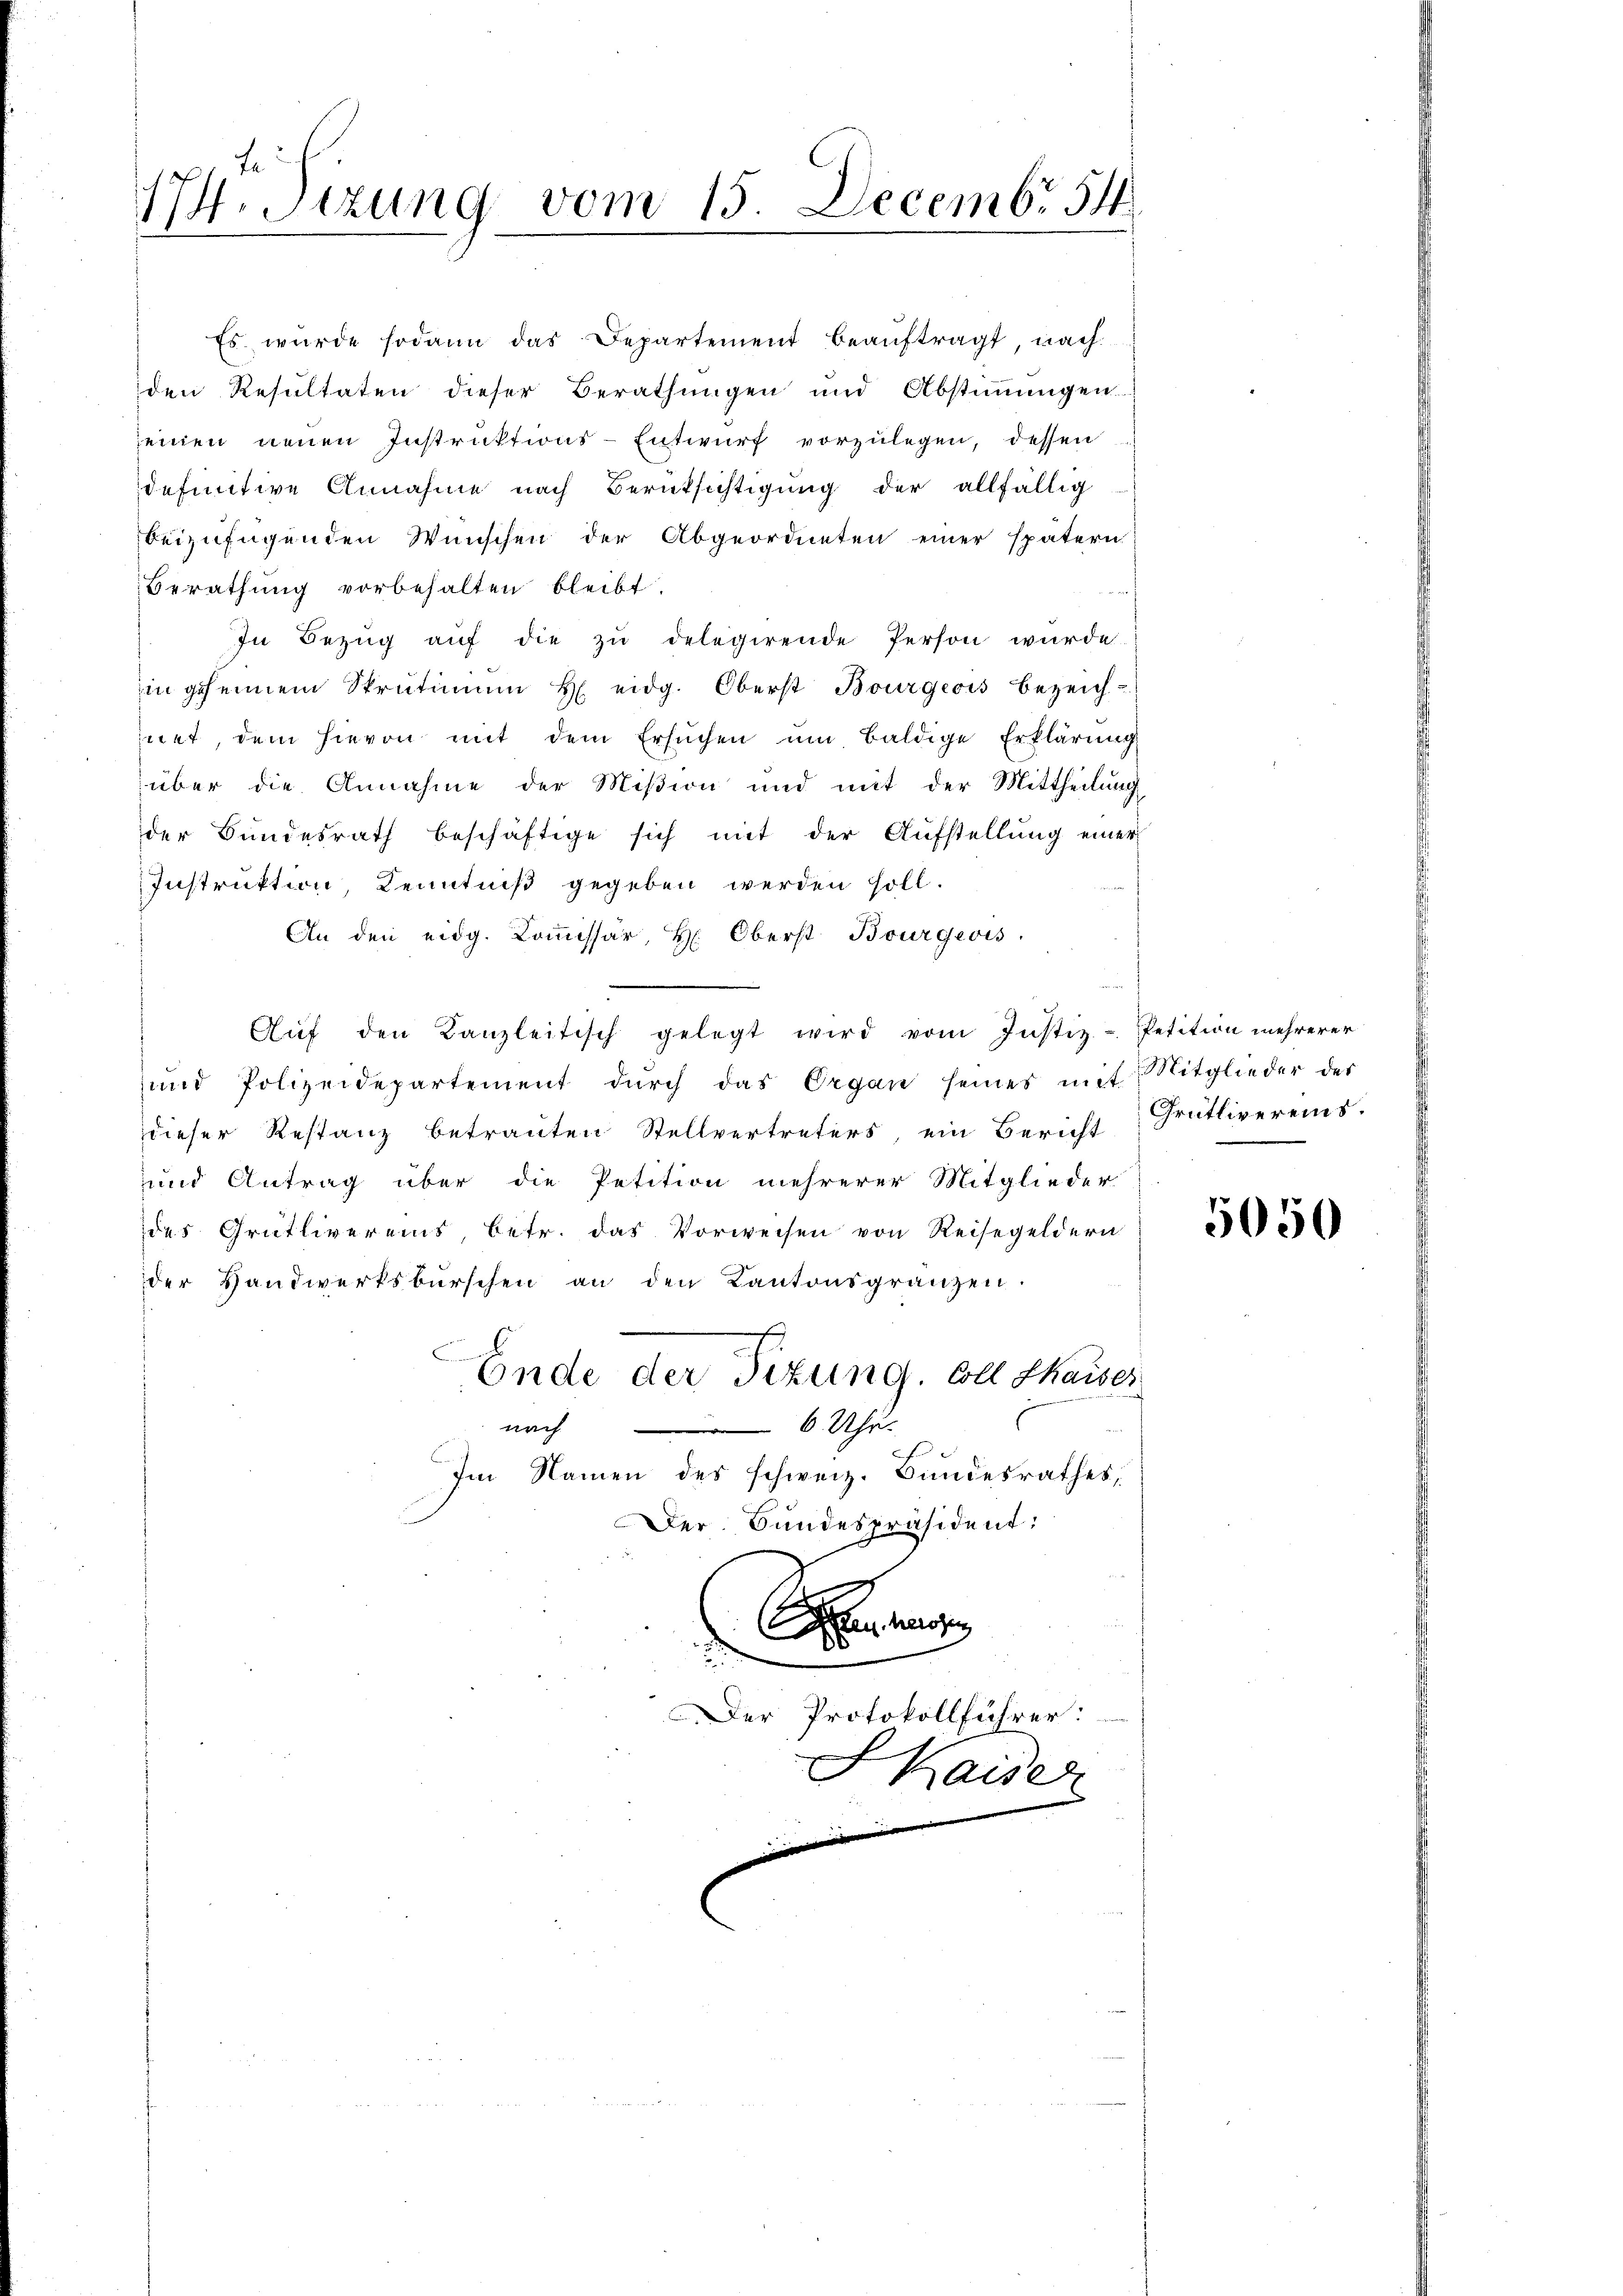
174. Sizung vom 15. Decembr 54

Es würde sodann das Departement beaŭftragt nach.
den Resultaten dieser Berathungen und Abstimmungen.
seinen neuen Instruktions-Entwurf vorzulegen, dessen
definitive Annahme nach Berüksichtigung der allfällig
beizufügenden Wünschen der Abgeordneten einer spätern
Berathung vorbehalten bleibt.
In Bezŭg aŭf die zŭ delegirende Person wurde
in geheimen Strütimam H eidg. Oberst Bourgeois bezeich-
hnet, dem hievon mit dem Ersuchen um baldige Erklärung
über die Annahme der Mißion und mit der Mittheilung
der Bundesrath beschäftige sich mit der Aufstellung einer
Instruktion, Kenntniß gegeben werden soll.
An den eidg. Koṁissär, H. Oberst Bourgeois.
Aŭf den Kanzleitisch gelegt wird vom Justiz-Petition mehrerer
und Polizeidepartement dŭrch das Organ seines mit
dieser Restanz betrauten Stellvertreters, ein Bericht Grütlivereins.
und Antrag über die Petition mehrerer Mitglieder
des Grütlivereins, betr. das Vorweisen von Reisegeldern
der Handwerksburschen an den Kantonsgränzen.
s
Ende der Tizung. Coll thaiser
nach 6 Uhr.
Im Namen des schweiz. Bundesrathes,
Der Bundespräsident:

Der Protokollführer:

Kaiser

Mitglieder des

5050